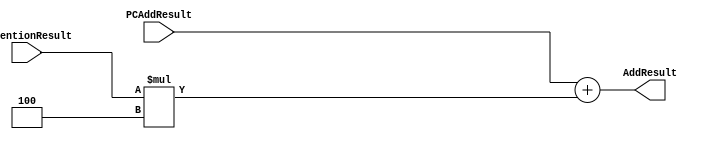
`timescale 1ns / 1ps
//////////////////////////////////////////////////////////////////////////////////
// Company: 
// Engineer: 
// 
// Design Name: 
// Module Name: AddResult
// Project Name: 
// Target Devices: 
// Tool Versions: 
// Description: 
// 
// Dependencies: 
// 
// Revision:
// Revision 0.01 - File Created
// Additional Comments:
// 
//////////////////////////////////////////////////////////////////////////////////


module AddResult(ExtentionResult,PCAddResult,AddResult);
    input [31:0] ExtentionResult;
    input [31:0] PCAddResult;
    output reg [31:0] AddResult;
    
    always@(ExtentionResult,PCAddResult) begin
        AddResult<=PCAddResult+ExtentionResult*4;
    end
    
endmodule